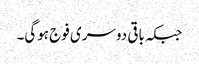
جبکہ باقی دوسری فوج ہوگی۔